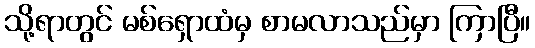
သို့ရာတွင် မစ်ရှောထံမှ စာမလာသည်မှာ ကြာပြီ။